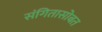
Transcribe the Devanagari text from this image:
संगितासोबत